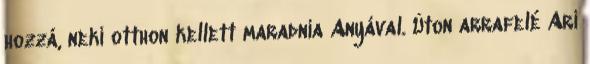
hozzá, neki otthon kellett maradnia Anyával. Úton arrafelé Ari